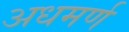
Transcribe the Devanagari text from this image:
अधमर्ण